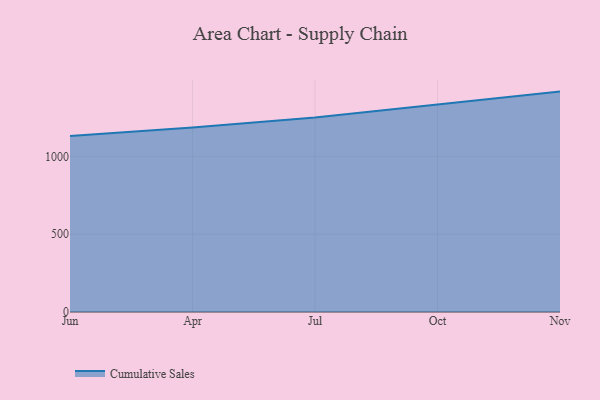
{"axis": {"x": "Month", "y": "Bounce Rate (%)"}, "legend": ["Cumulative Sales"], "data": [{"x": "Jun", "y": 1131.5, "type": "Cumulative Sales"}, {"x": "Apr", "y": 1185.6, "type": "Cumulative Sales"}, {"x": "Jul", "y": 1250.2, "type": "Cumulative Sales"}, {"x": "Oct", "y": 1331.4, "type": "Cumulative Sales"}, {"x": "Nov", "y": 1416.1, "type": "Cumulative Sales"}]}